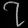
Digit: ၇